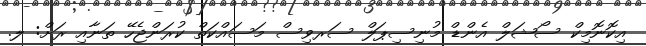
އިކޮނޮމިކް ސޯޝަލް އެންޑް މުނިސިޕަލް ސަރވިސް މަސައްކަތް ކުރަންޖެހޭ ތަނާއި ރަށް: ލ.